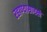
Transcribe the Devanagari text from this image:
रहाण्यासारखे